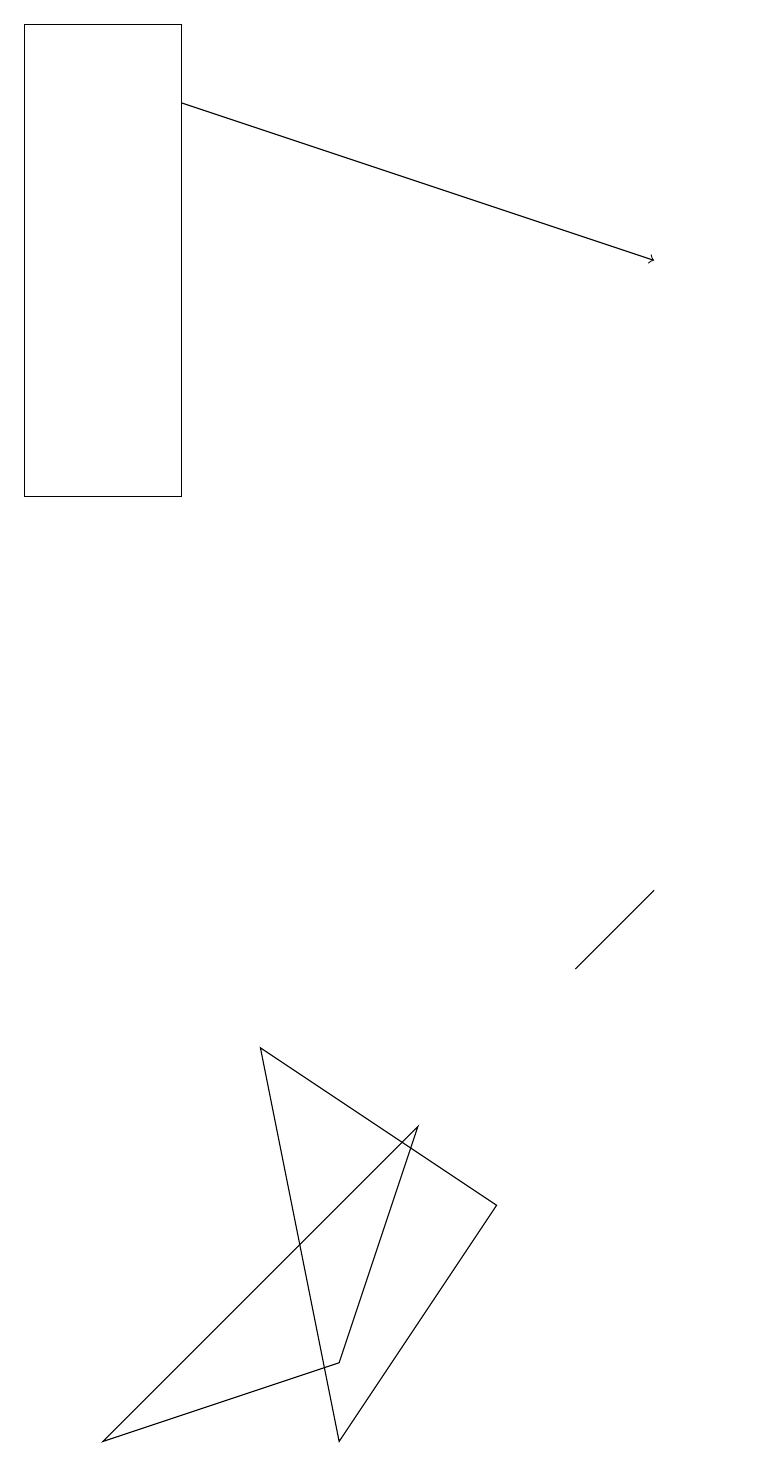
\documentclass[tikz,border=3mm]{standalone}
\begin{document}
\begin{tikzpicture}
\draw (6,4) -- (5,1) -- (2,0) -- cycle;
\draw[->] (3,17) -- (9,15);
\draw (9,7) -- (9,7) -- (8,6) -- cycle;
\draw (10,11) circle (0);
\draw (3,12) rectangle (1,18);
\draw (5,0) -- (4,5) -- (7,3) -- cycle;
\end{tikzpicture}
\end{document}